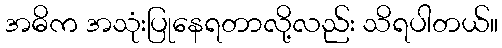
အဓိက အသုံးပြုနေရတာလို့လည်း သိရပါတယ်။